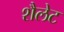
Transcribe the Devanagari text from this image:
शैलेट